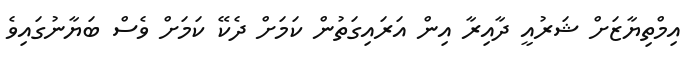
އިމްތިޔާޒަށް ޝަރުއީ ދާއިރާ އިން އަރައިގަތުން ކަމަށް ދެކޭ ކަމަށް ވެސް ބަޔާނުގައިވެ